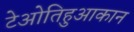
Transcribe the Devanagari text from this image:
टेओतिहुआकान